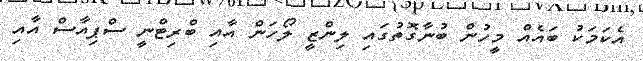
އެކަމަކު ބައެއް މީހުން ބުނާގޮތުގައި ލިންޒީ ލޯހަން އާއި ބްރިޓްނީ ސްޕިއާސް އާއި